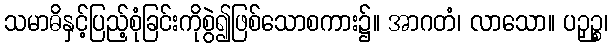
သမာဓိနှင့်ပြည့်စုံခြင်းကိုစွဲ၍ဖြစ်သောစကား၌။ အာဂတံ၊ လာသော။ ပဉှဉ္စ၊